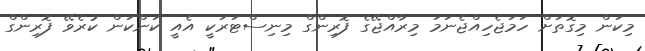
މިކަން މިގޮތަށް ހަމަޖެހިއްޖެނަމަ މިރާއްޖޭގެ ފޮރިންގް މިނިސްޓަރަކީ އެއީ ކަންކަން ކުރެވޭ ފޮރިންގް